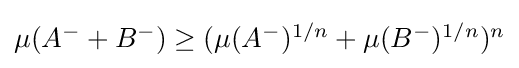
{\textstyle \mu (A^{-}+B^{-})\geq (\mu (A^{-})^{1/n}+\mu (B^{-})^{1/n})^{n}}